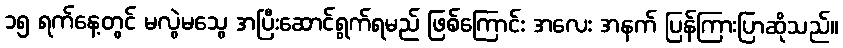
၁၅ ရက်နေ့တွင် မလွဲမသွေ အပြီးဆောင်ရွက်ရမည် ဖြစ်ကြောင်း အလေး အနက် ပြန်ကြားပြာဆိုသည်။